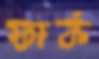
ফার্ক